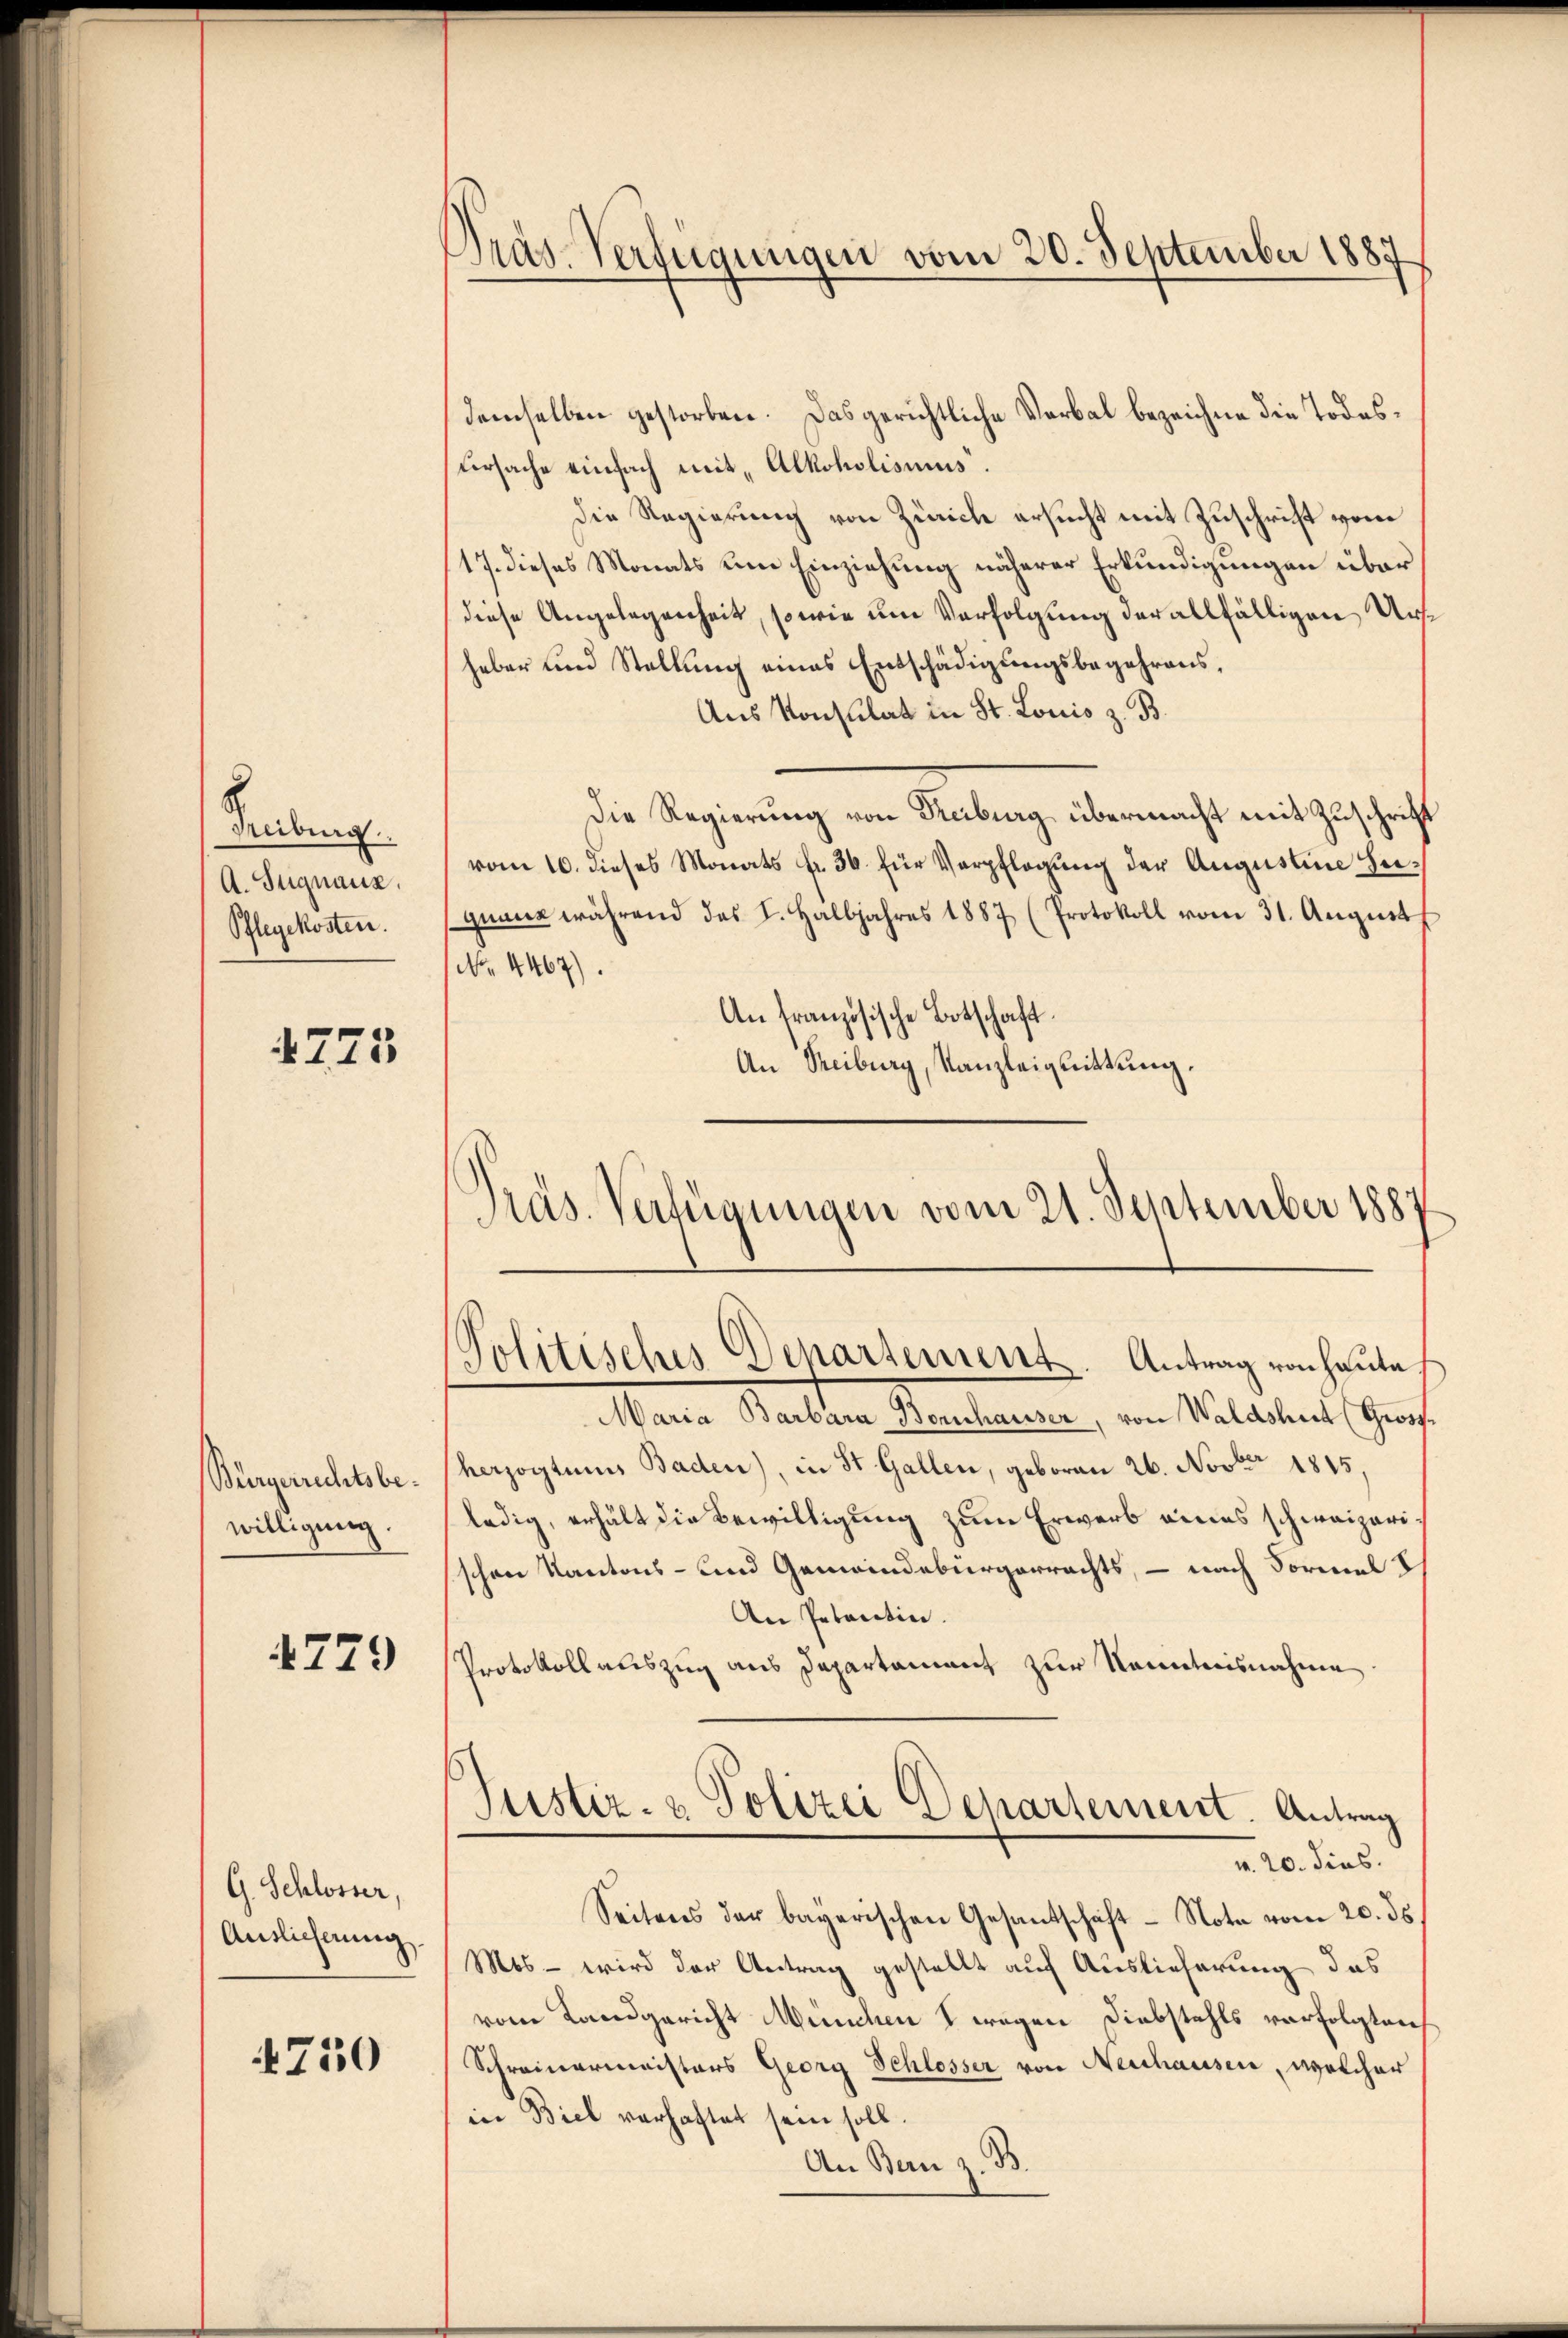
Treiburg.
A. Signauz,
Pflegekosten.

4775

Bürgerrechtsbewilligung.

4779

G. Schlosser,
Auslieferung

4750

Pras-Verfügungen vom 20. September 1887

demselben gestorben. Das gerichtliche Verbal bezeichne die Todes¬
Ursache einfach mit „Alkoholismus.
Die Regierung von Zürich ersucht mit Zuschrift vom
17. dieses Monats um Einziehung näherer Erkundigungen über
diese Angelegenheit, so wie um Verfolgung der allfälligen Ursheber und Stellung eines Entschädigungsbegehrens,
Aus Konsulat in St. Louis z. B.
Die Regierung von Freiburg übermacht mit Zuschrift
vom 10. dieses Monats fr. 36. für Verpflegung der Augustine Zuquant während des I. Halbjahres 1887 (Protokoll vom 31. August
No. 4467).
An französische Botschaft.
An Treiburg, Kanzleignittung.
Präs. Verfügungen vom 21. September 1887

Politisches Departement Antrag von heute.

Maria Barbara Bornhauser, von Waldshut (Gross.
herzogtums Baden), in St. Gallen, geboren 26. Novbr 1815,
ledig, erhält die Bewilligung zum Erwarb eines schweizerischon Kantons- und Gemeindebürgerrechts, – nach Formal i
An Petentin.
Protokollauszug aus Departament zur Kenntnisnahme
Justiz- & Polizei Departement. Antrag
v. 20. dies.
Seitens der bayerischen Gesantschaft - Nota vom 20. ds.
Mos – wird der Antrag gestellt auf Auslieferung das
vom Landgericht München wegen Diebstahls verfolgten
Schreinermeisters Georg Schlosser von Neuhausen, welcher
in Biel verhaftet sein soll.
An Bern z. B.